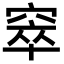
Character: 窣